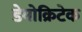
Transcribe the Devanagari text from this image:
डेमोक्रिटेक